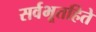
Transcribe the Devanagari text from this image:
सर्वभूतहिते